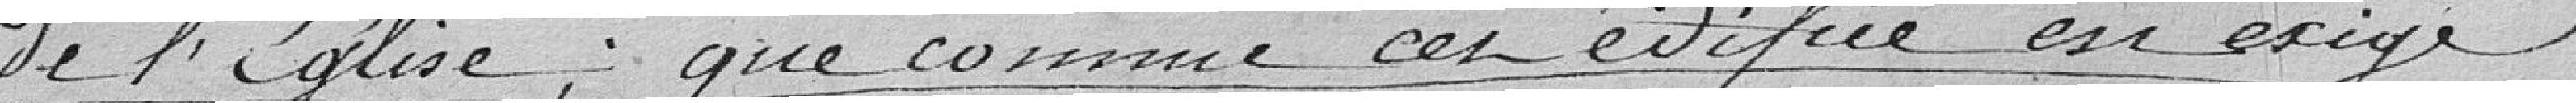
de l'Eglise; que comme cet édifice en exige